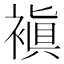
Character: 𧜖